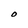
Character: O